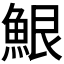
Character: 𮫷